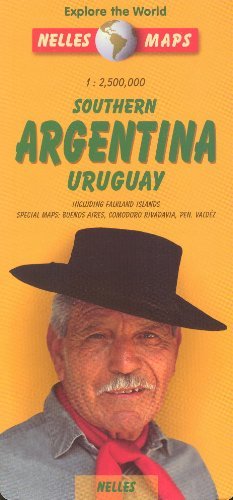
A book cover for Argentina South & Uruguay 1:2,500,000 Travel Map NELLES; Nelles; Travel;